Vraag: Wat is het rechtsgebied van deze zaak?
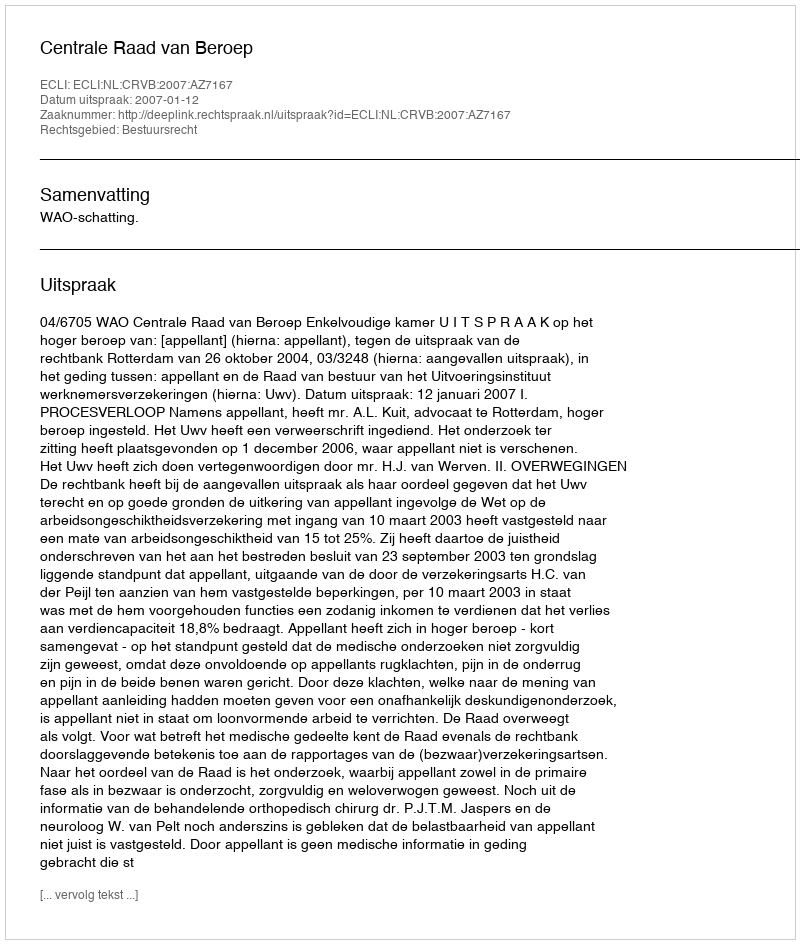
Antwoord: Bestuursrecht